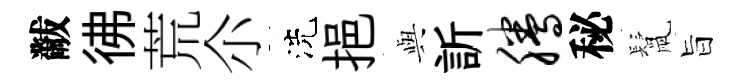
黻彿荒尒洗挹𫤰訢腾秘鬛旨